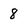
Character: 8